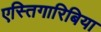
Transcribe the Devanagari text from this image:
एस्तिगारिबिया